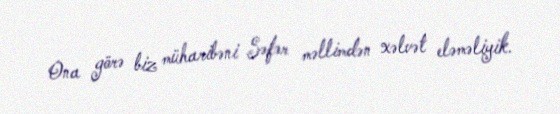
Ona görə biz müharibəni Səfər məllimdən xəlvət eləməliyik.